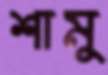
শামু